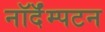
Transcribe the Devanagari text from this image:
नॉर्दॅम्पटन